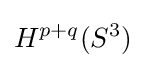
H^{p+q}(S^{3})